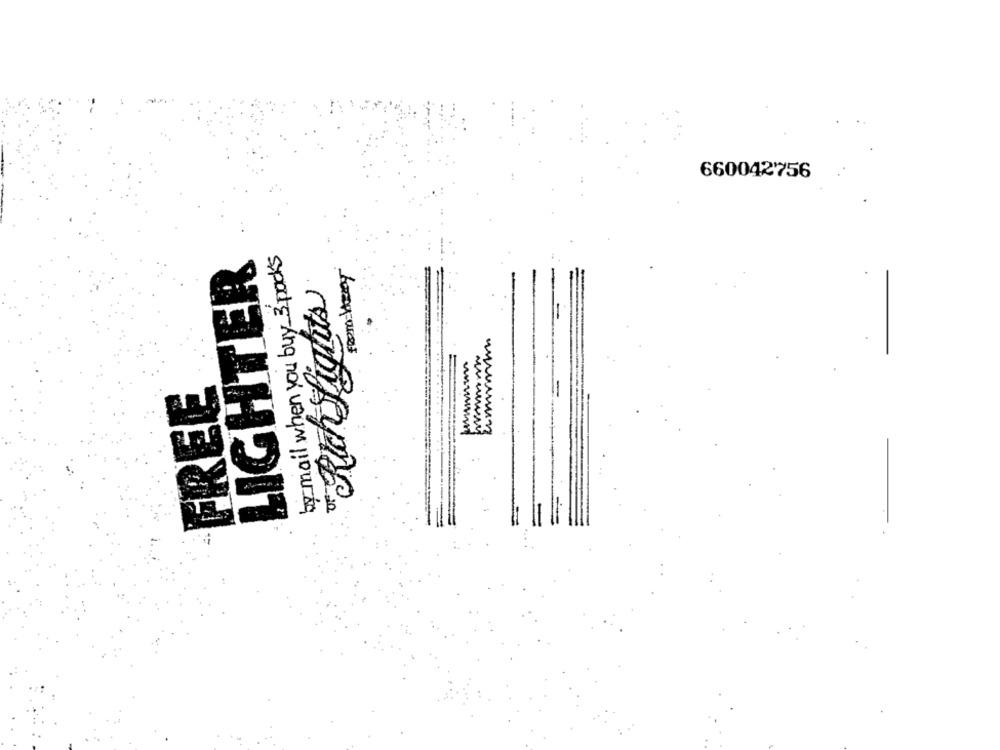
660042756
by mail when you buy 3 packs
LIGHTER
"Rich Lights
FREE
wwwww.